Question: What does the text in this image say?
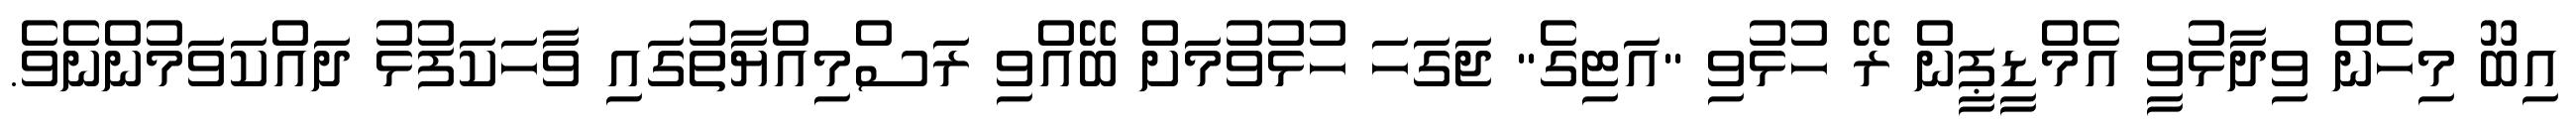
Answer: އިބޫ މިހެން ވިދާޅުވީ އެމްޑީޕީން ރޭ ހުޅުވި "އަޓިގެ" ޖަގަހަ ހުޅުވުމަށް ބޭއްވި ރަސްމިއްޔާތުގައި ވާހަކަފުޅު ދައްކަވަމުންނެވެ.